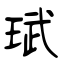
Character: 珷